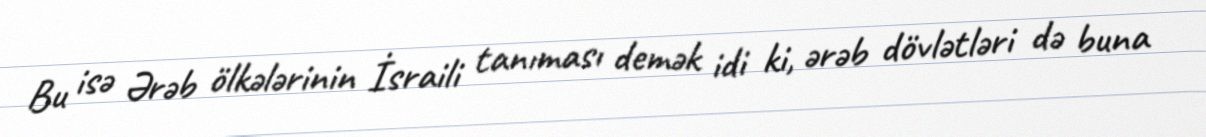
Bu isə Ərəb ölkələrinin İsraili tanıması demək idi ki, ərəb dövlətləri də buna